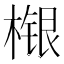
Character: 𣘴